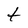
Character: t